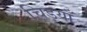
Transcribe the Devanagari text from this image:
चिड़याँ